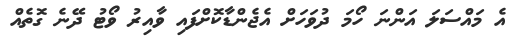
އެ މައްސަލަ އަންނަ ހޯމަ ދުވަހަށް އެޖެންޑާކޮށްފައި ވާއިރު ވޯޓު ދޭނެ ގޮތެއް